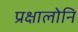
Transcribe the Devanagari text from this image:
प्रक्षालोनि